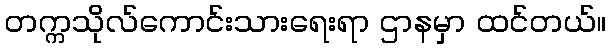
တက္ကသိုလ်ကောင်းသားရေးရာ ဌာနမှာ ထင်တယ်။